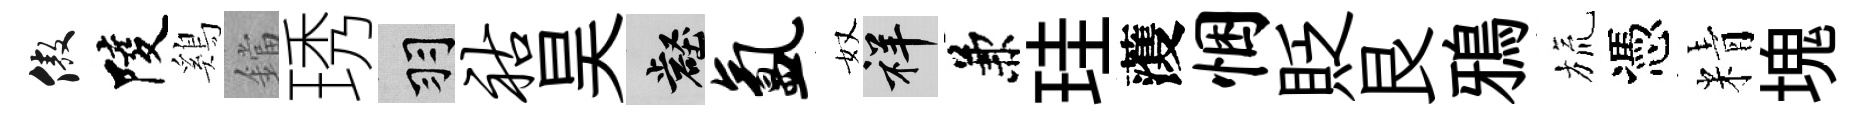
傲陵鷄鐺琇羽祜昊壑氲奴祥兼珪𮑮悃貶艮鴉旒憑精塊